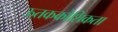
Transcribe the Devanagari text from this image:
ऊतककोशिकता